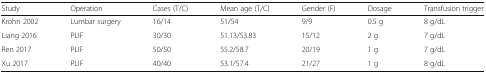
<table><thead><tr><td><b>Study</b></td><td><b>Operation</b></td><td><b>Cases (T/C)</b></td><td><b>Mean age (T/C)</b></td><td><b>Gender (F)</b></td><td><b>Dosage</b></td><td><b>Transfusion trigger</b></td></tr></thead><tbody><tr><td>Krohn 2002</td><td>Lumbar surgery</td><td>16/14</td><td>51/54</td><td>9/9</td><td>0.5 g</td><td>8 g/dL</td></tr><tr><td>Liang 2016</td><td>PLIF</td><td>30/30</td><td>51.13/53.83</td><td>15/12</td><td>2 g</td><td>7 g/dL</td></tr><tr><td>Ren 2017</td><td>PLIF</td><td>50/50</td><td>55.2/58.7</td><td>20/19</td><td>1 g</td><td>7 g/dL</td></tr><tr><td>Xu 2017</td><td>PLIF</td><td>40/40</td><td>53.1/57.4</td><td>21/27</td><td>1 g</td><td>8 g/dL</td></tr></tbody></table>